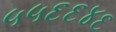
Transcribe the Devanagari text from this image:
५५६६४६